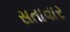
સતાવાર